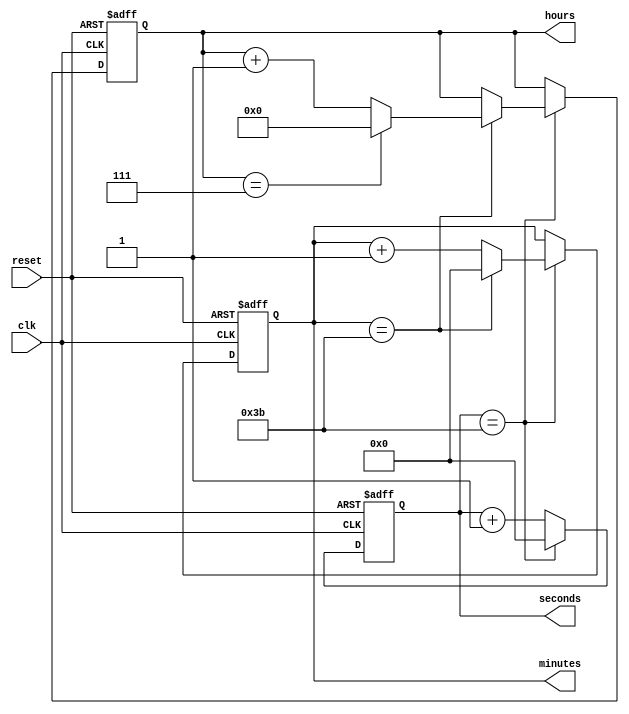
module real_time_clock(
    input wire clk,
    input wire reset,
    output reg [3:0] hours,
    output reg [5:0] minutes,
    output reg [5:0] seconds
);

reg [3:0] hours_reg;
reg [5:0] minutes_reg;
reg [5:0] seconds_reg;

always @(posedge clk or posedge reset) begin
    if (reset) begin
        hours_reg <= 4'd0;
        minutes_reg <= 6'd0;
        seconds_reg <= 6'd0;
    end else begin
        if (seconds_reg == 6'd59)begin
            seconds_reg <= 6'd0;
            if (minutes_reg == 6'd59)begin
                minutes_reg <= 6'd0;
                if (hours_reg == 4'd23)begin
                    hours_reg <= 4'd0;
                end else begin
                    hours_reg <= hours_reg + 4'd1;
                end
            end else begin
                minutes_reg <= minutes_reg + 6'd1;
            end
        end else begin
            seconds_reg <= seconds_reg + 6'd1;
        end
    end
end

assign hours = hours_reg;
assign minutes = minutes_reg;
assign seconds = seconds_reg;

endmodule